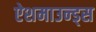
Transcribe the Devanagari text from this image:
ऐशमाउन्ड्स